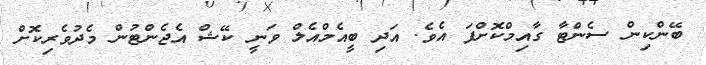
ބޭންކިން ސެންޓާ ގާއިމްކޮށްފަ އެވެ. އަދި ބީއެމްއެލް ވަނީ ކޭޝް އެޖެންޓުން މެދުވެރިކޮށް